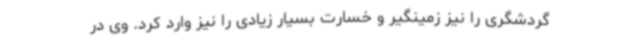
گردشگری را نیز زمینگیر و خسارت بسیار زیادی را نیز وارد کرد. وی در